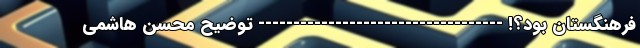
فرهنگستان بود؟! ----------------------------------- توضیح محسن هاشمی